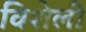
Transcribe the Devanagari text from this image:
विशेली